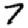
Digit: 7